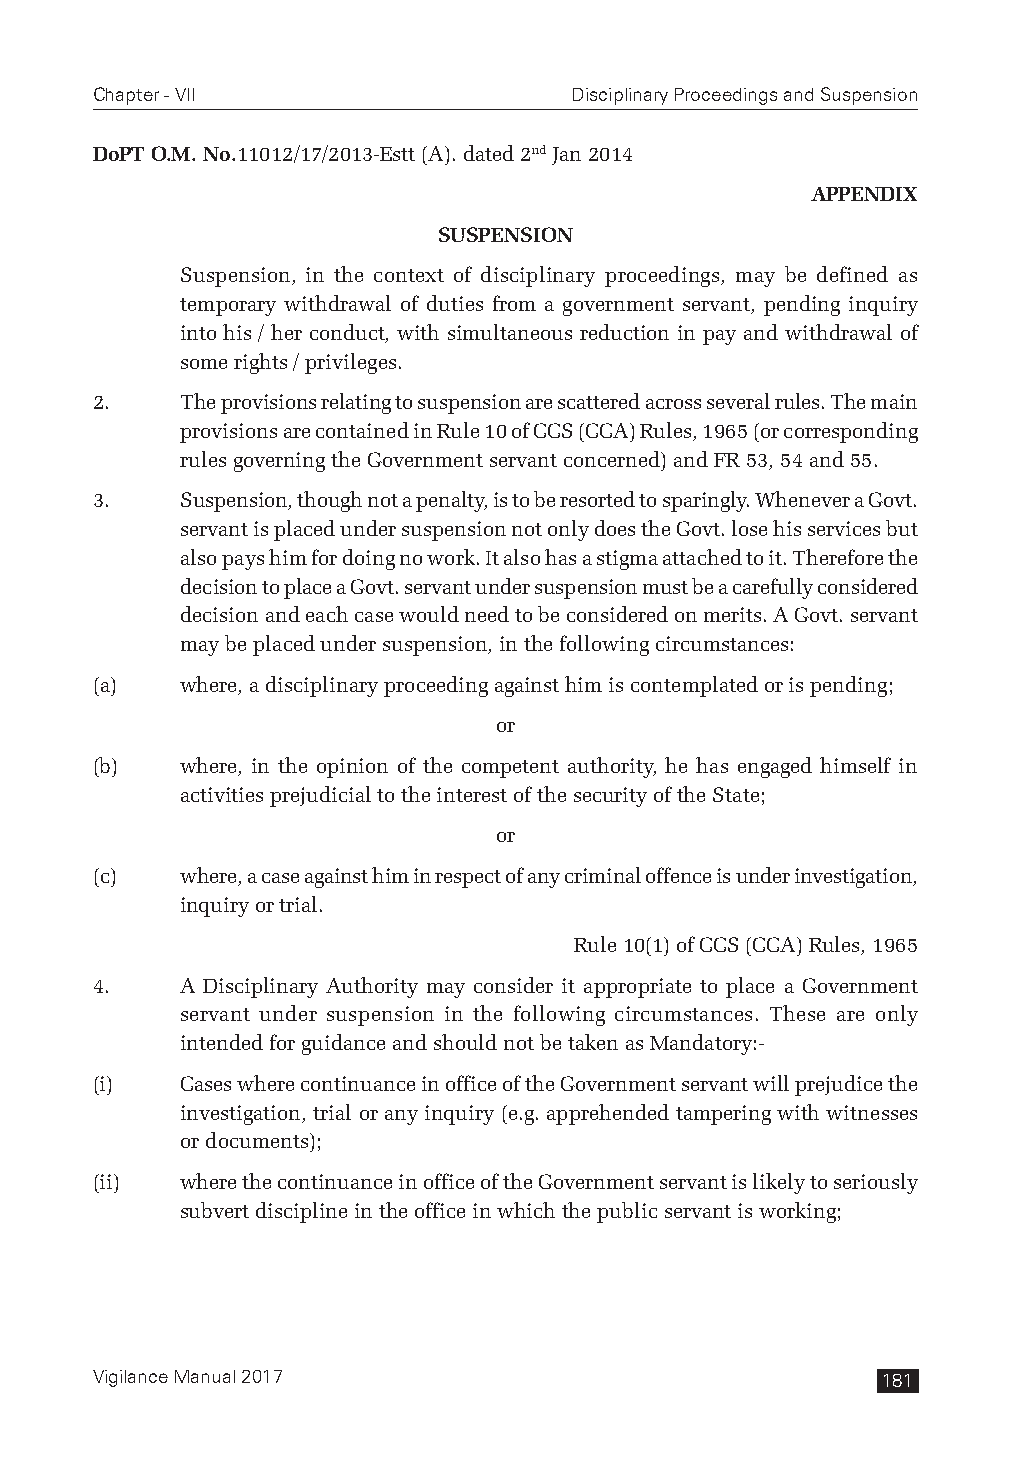
Chapter - VII                   Disciplinary Proceedings and Suspension
 DoPT O.M. No.11012/17/2013-Estt (A). dated 2nd Jan 2014
 APPENDIX
 SUSPENSION
 Suspension, in the context of disciplinary proceedings, may be defined as
 temporary withdrawal of duties from a government servant, pending inquiry
 into his / her conduct, with simultaneous reduction in pay and withdrawal of
 some rights / privileges.
 2.    The provisions relating to suspension are scattered across several rules. The main
 provisions are contained in Rule 10 of CCS (CCA) Rules, 1965 (or corresponding
 rules governing the Government servant concerned) and FR 53, 54 and 55.
 3.    Suspension, though not a penalty, is to be resorted to sparingly. Whenever a Govt.
 servant is placed under suspension not only does the Govt. lose his services but
 also pays him for doing no work. It also has a stigma attached to it. Therefore the
 decision to place a Govt. servant under suspension must be a carefully considered
 decision and each case would need to be considered on merits. A Govt. servant
 may be placed under suspension, in the following circumstances:
 (a)   where, a disciplinary proceeding against him is contemplated or is pending;
 or
 (b)   where, in the opinion of the competent authority, he has engaged himself in
 activities prejudicial to the interest of the security of the State;
 or
 (c)   where, a case against him in respect of any criminal offence is under investigation,
 inquiry or trial.
 Rule 10(1) of CCS (CCA) Rules, 1965
 4.    A Disciplinary Authority may consider it appropriate to place a Government
 servant under suspension in the following circumstances. These are only
 intended for guidance and should not be taken as Mandatory:-
 (i)   Cases where continuance in office of the Government servant will prejudice the
 investigation, trial or any inquiry (e.g. apprehended tampering with witnesses
 or documents);
 (ii)  where the continuance in office of the Government servant is likely to seriously
 subvert discipline in the office in which the public servant is working;
 Vigilance Manual 2017                               181